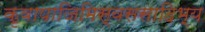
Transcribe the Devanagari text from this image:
कृवापाजिमिस्वससादिभ्य